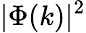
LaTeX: |\Phi(k)|^{2}